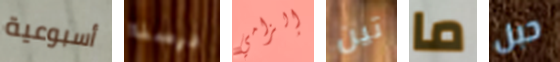
أسبوعية درسنا إلزامي تين ما حبل